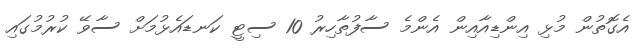
އެގޮތުން މުޅި އިންޑިއާއިން އެންމެ ސާފުތާހިރު 10 ސިޓީ ކަނޑައެޅުމަށް ސާވޭ ކުރުމުގައި